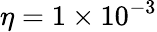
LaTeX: \eta=1\times 10^{-3}